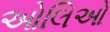
ઓલિઓ